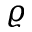
\varrho